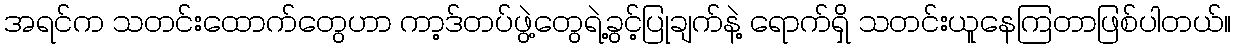
အရင်က သတင်းထောက်တွေဟာ ကာ့ဒ်တပ်ဖွဲ့တွေရဲ့ခွင့်ပြုချက်နဲ့ ရောက်ရှိ သတင်းယူနေကြတာဖြစ်ပါတယ်။